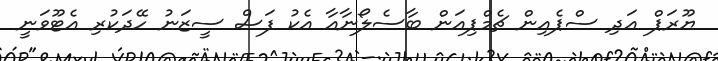
ޔޫރަޕް އަދި ސްޕެއިން ޗެމްޕިއަން ބާސެލޯނާއާ އެކު ފަސް ސީޒަނު ހޭދަކުރި އެޓޫވަނީ